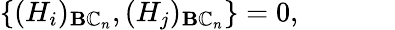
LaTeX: \{ (H_{i})_{\mathbf{B}\mathbb{C}_{n}},(H_{j})_{\mathbf{B}\mathbb{C}_{n}}\} =0,\mathrm{{~\ \ \ \ \ \ \ \ \ \ \ ~}}